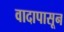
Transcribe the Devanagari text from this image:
वादापासून